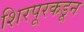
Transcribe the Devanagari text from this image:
शिरपूरकडून